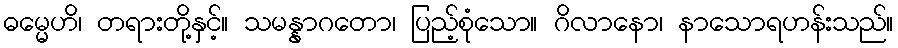
ဓမ္မေဟိ၊ တရားတို့နှင့်။ သမန္နာဂတော၊ ပြည့်စုံသော။ ဂိလာနော၊ နာသောရဟန်းသည်။